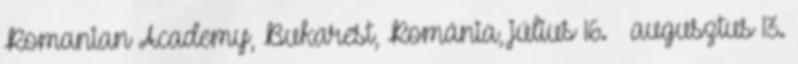
Romanian Academy, Bukarest, Románia, július 16. – augusztus 13.